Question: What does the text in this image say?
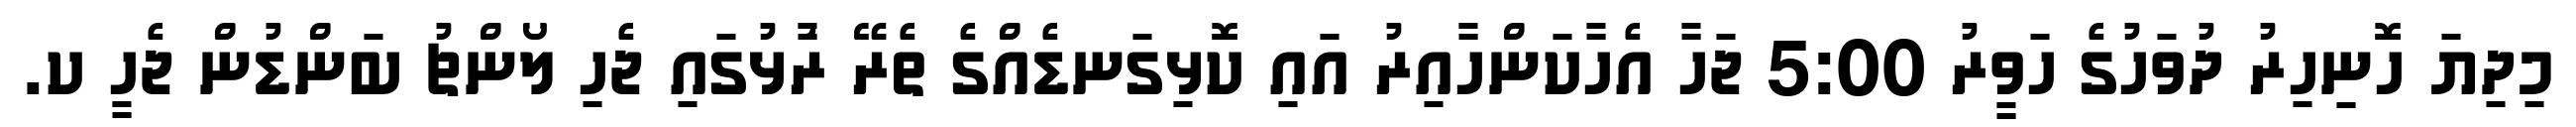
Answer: މިދިޔަ ހޮނިހިރު ދުވަހުގެ ހަވީރު 5:00 ޖަހާ އެހާކަންހާއިރު އައި ކޮޅިގަނޑެއްގެ ތެރޭ ރާުޅުގައި ޖެހި ލޯންޗު ބަންޑުން ޖެހީ ކ.